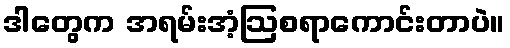
ဒါတွေက အရမ်းအံ့ဩစရာကောင်းတာပဲ။